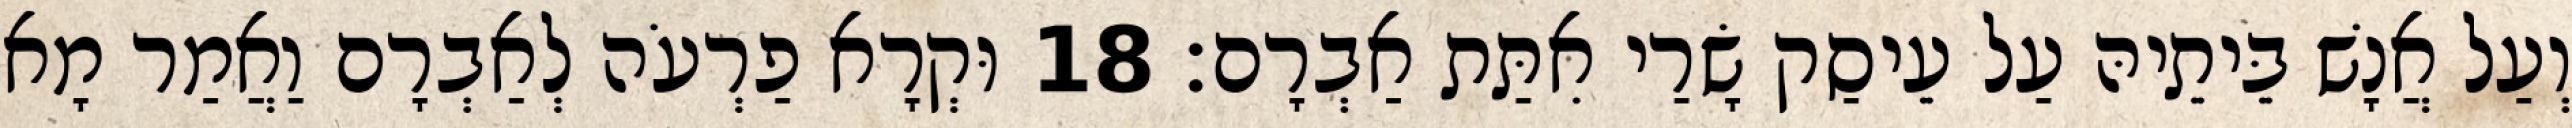
וְעַל אֲנָשׁ בֵּיתֵיהּ עַל עֵיסַק שָׂרַי אִתַּת אַבְרָם׃ 18 וּקְרָא פַרְעֹה לְאַבְרָם וַאֲמַר מָא